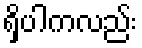
ရှိပါကလည်း